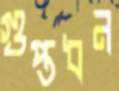
গুপ্তধন